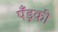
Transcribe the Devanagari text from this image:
पँड़की